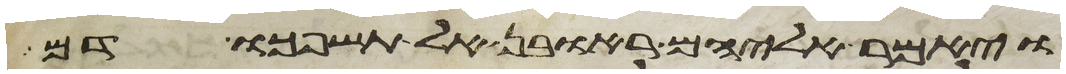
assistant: ויאמר אליהם ראובן אל תשפכו דם